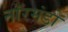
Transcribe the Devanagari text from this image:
नॉरमंडो